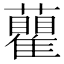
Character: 𧄒